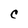
Character: C